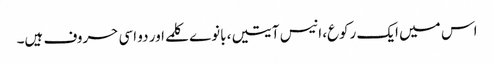
اس میں ایک رکوع، انیس آیتیں، بانوے کلمے اور دو اسی حروف ہیں۔